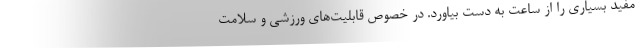
مفید بسیاری را از ساعت به دست بیاورد. در خصوص قابلیت‌های ورزشی و سلامت